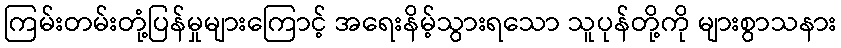
ကြမ်းတမ်းတုံ့ပြန်မှုများကြောင့် အရေးနိမ့်သွားရသော သူပုန်တို့ကို များစွာသနား